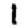
Digit: 1